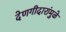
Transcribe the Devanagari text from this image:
देणगीदारांमुळे